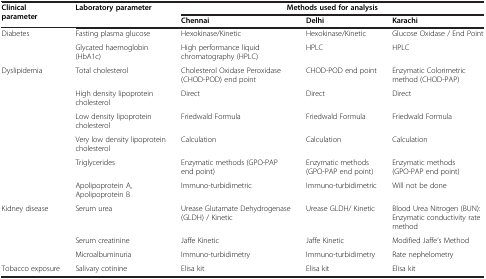
| <ROWSPAN=2> Clinical parameter | <ROWSPAN=2> Laboratory parameter | <COLSPAN=3> Methods used for analysis |
 | Chennai | Delhi | Karachi |
 | --- | --- | --- | --- | --- |
 | <ROWSPAN=2> Diabetes | Fasting plasma glucose | Hexokinase/Kinetic | Hexokinase/Kinetic | Glucose Oxidase / End Point |
 | Glycated haemoglobin (HbA1c) | High performance liquid chromatography (HPLC) | HPLC | HPLC |
 | <ROWSPAN=6> Dyslipidemia | Total cholesterol | Cholesterol Oxidase Peroxidase (CHOD-POD) end point | CHOD-POD end point | Enzymatic Colorimetric method (CHOD-PAP) |
 | High density lipoprotein cholesterol | Direct | Direct | Direct |
 | Low density lipoprotein cholesterol | Friedwald Formula | Friedwald Formula | Friedwald Formula |
 | Very low density lipoprotein cholesterol | Calculation | Calculation | Calculation |
 | Triglycerides | Enzymatic methods (GPO-PAP end point) | Enzymatic methods (GPO-PAP end point) | Enzymatic methods (GPO-PAP end point) |
 | Apolipoprotein A, Apolipoprotein B | Immuno-turbidimetric | Immuno-turbidimetric | Will not be done |
 | <ROWSPAN=3> Kidney disease | Serum urea | Urease Glutamate Dehydrogenase (GLDH) / Kinetic | Urease GLDH/ Kinetic | Blood Urea Nitrogen (BUN): Enzymatic conductivity rate method |
 | Serum creatinine | Jaffe Kinetic | Jaffe Kinetic | Modified Jaffe’s Method |
 | Microalbuminuria | Immuno-turbidimetry | Immuno-turbidimetry | Rate nephelometry |
 | Tobacco exposure | Salivary cotinine | Elisa kit | Elisa kit | Elisa kit |